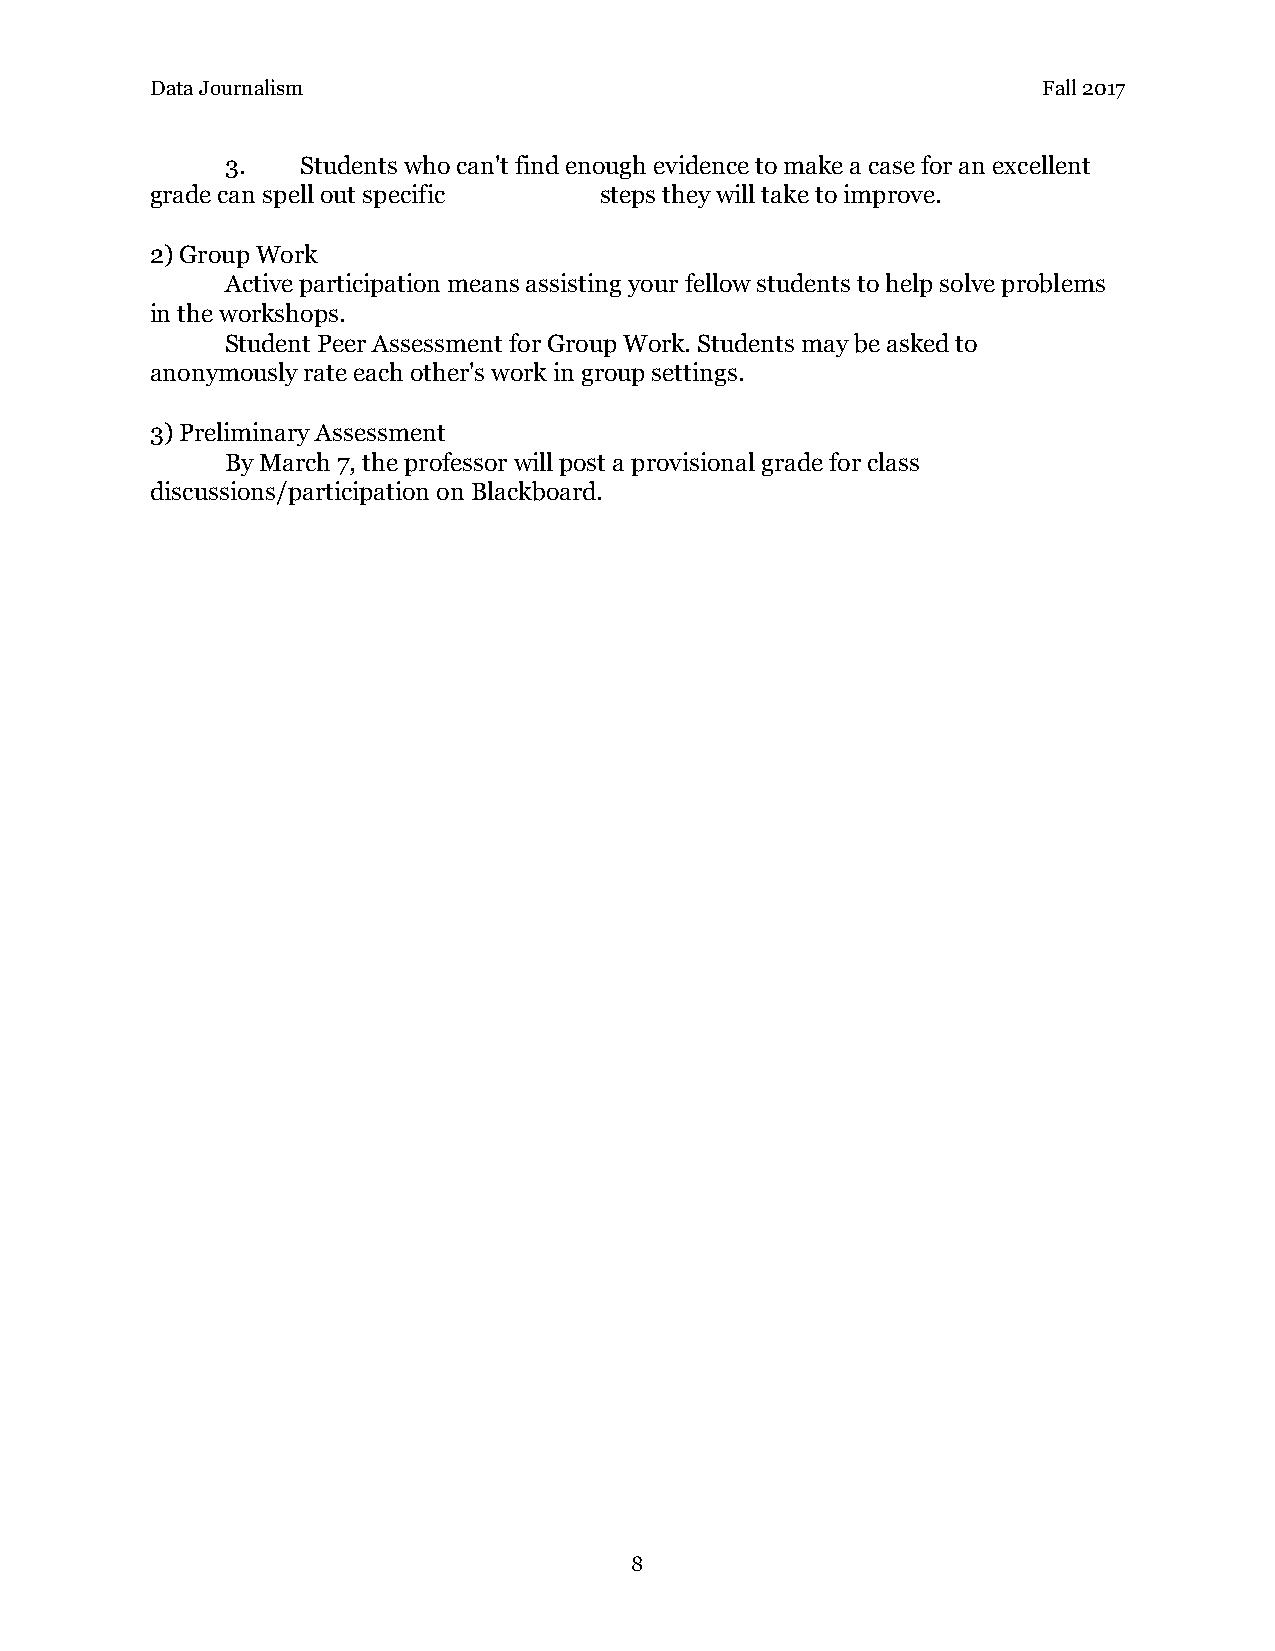
Data Journalism                                            Fall 2017
 3.   Students who can't find enough evidence to make a case for an excellent
 grade can spell out specific  steps they will take to improve.
 2) Group Work
 Active participation means assisting your fellow students to help solve problems
 in the workshops.
 Student Peer Assessment for Group Work. Students may be asked to
 anonymously rate each other's work in group settings.
 3) Preliminary Assessment
 By March 7, the professor will post a provisional grade for class
 discussions/participation on Blackboard.
 8